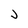
Character: J